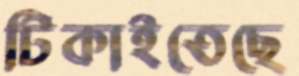
টিকাইতেছে